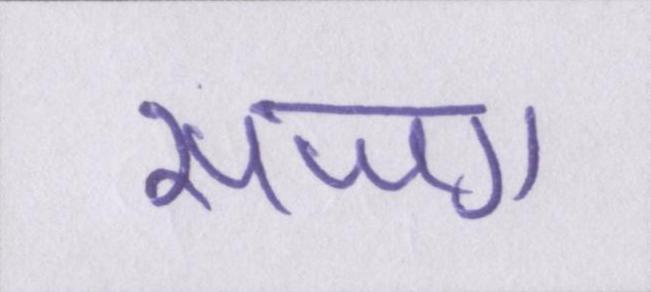
सजग